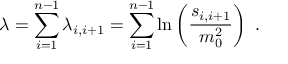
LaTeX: \lambda = \sum _ { i = 1 } ^ { n - 1 } \lambda _ { i , i + 1 } = \sum _ { i = 1 } ^ { n - 1 } \ln \left( \frac { s _ { i , i + 1 } } { m _ { 0 } ^ { 2 } } \right) ~ .